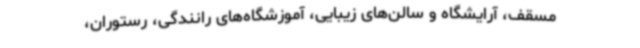
مسقف، آرایشگاه و سالن‌های زیبایی، آموزشگاه‌های رانندگی، رستوران،